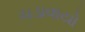
ચડાવાયો